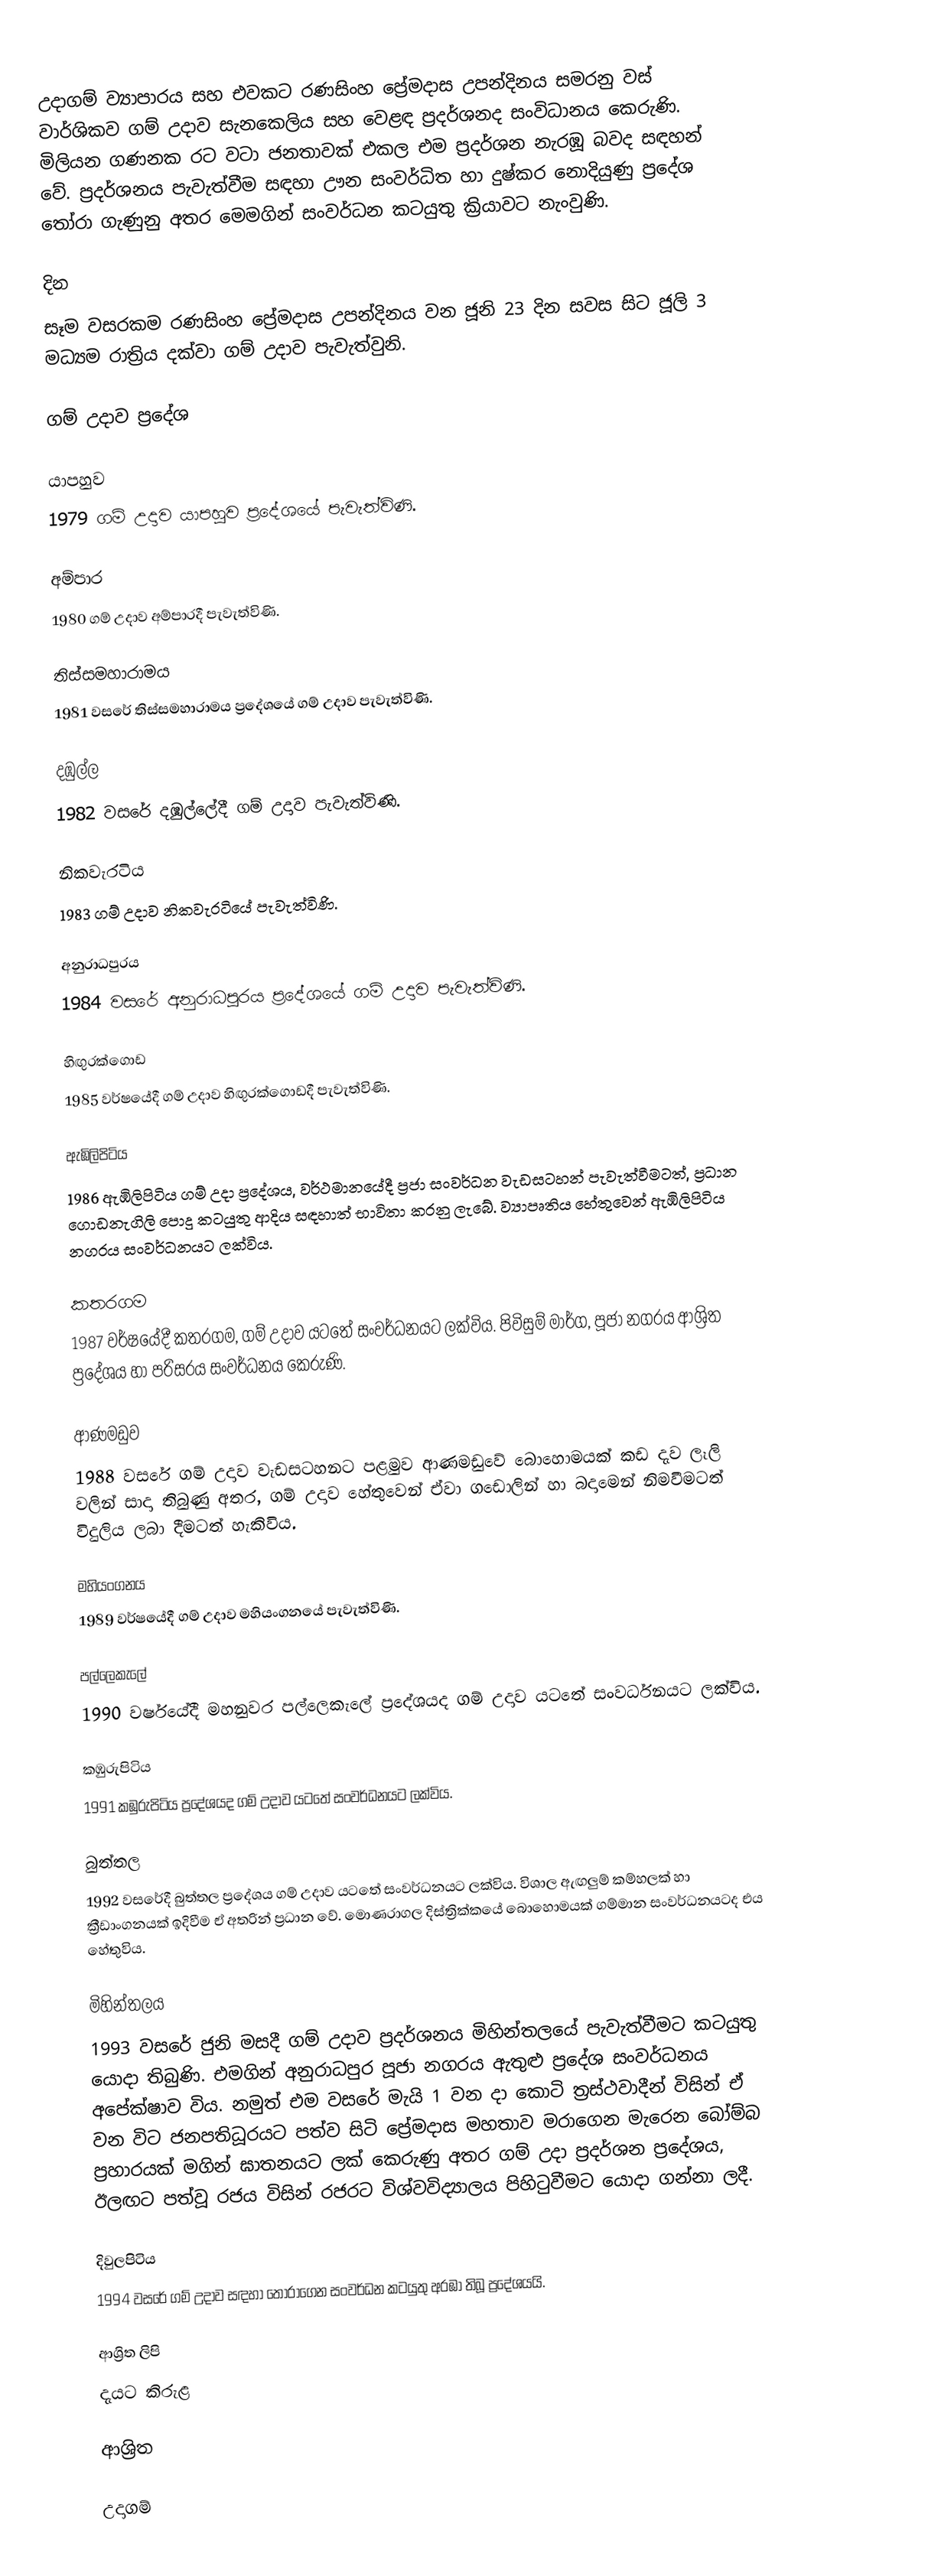
උදාගම් ව්‍යාපාරය සහ එවකට රණසිංහ ප්‍රේමදාස උපන්දිනය සමරනු වස් වාර්ශිකව ගම් උදාව සැනකෙලිය සහ වෙළඳ ප්‍රදර්ශනද සංවිධානය කෙරුණි. මිලියන ගණනක රට වටා ජනතාවක් එකල එම ප්‍රදර්ශන නැරඹූ බවද සඳහන් වේ. ප්‍රදර්ශනය පැවැත්වීම සඳහා ඌන සංවර්ධිත හා දුෂ්කර නොදියුණු ප්‍රදේශ තෝරා ගැණුනු අතර මෙමගින් සංවර්ධන කටයුතු ක්‍රියාවට නැංවුණි.

දින
සෑම වසරකම රණසිංහ ප්‍රේමදාස උපන්දිනය වන ජූනි 23 දින සවස සිට ජූලි 3 මධ්‍යම රාත්‍රිය දක්වා ගම් උදාව පැවැත්වුනි.

ගම් උදාව ප්‍රදේශ

යාපහුව
1979 ගම් උදාව යාපහුව ප්‍රදේශයේ පැවැත්විණි.

අම්පාර
1980 ගම් උදාව අම්පාරදී පැවැත්විණි.

තිස්සමහාරාමය
1981 වසරේ තිස්සමහාරාමය ප්‍රදේශයේ ගම් උදාව පැවැත්විණි.

දඹුල්ල
1982 වසරේ දඹුල්ලේදී ගම් උදාව පැවැත්විණි.

නිකවැරටිය
1983 ගම් උදාව නිකවැරටියේ පැවැත්විණි.

අනුරාධපුරය
1984 වසරේ අනුරාධපුරය ප්‍රදේශයේ ගම් උදාව පැවැත්විණි.

හිඟුරක්ගොඩ
1985 වර්ෂයේදී ගම් උදාව හිඟුරක්ගොඩදී පැවැත්විණි.

ඇඹිලිපිටිය
1986 ඇඹිලිපිටිය ගම් උදා ප්‍රදේශය, වර්ථමානයේදී ප්‍රජා සංවර්ධන වැඩසටහන් පැවැත්වීමටත්, ප්‍රධාන ගොඩනැගිලි පොදු කටයුතු ආදිය සඳහාත් භාවිතා කරනු ලැබේ. ව්‍යාපෘතිය හේතුවෙන් ඇඹිලිපිටිය නගරය සංවර්ධනයට ලක්විය.

කතරගම
1987 වර්ෂයේදී කතරගම, ගම් උදාව යටතේ සංවර්ධනයට ලක්විය. පිවිසුම් මාර්ග, පූජා නගරය ආශ්‍රිත ප්‍රදේශය හා පරිසරය සංවර්ධනය කෙරුණි.

ආණමඩුව
1988 වසරේ ගම් උදාව වැඩසටහනට පළමුව ආණමඩුවේ බොහොමයක් කඩ දැව ලෑලි වලින් සාදා තිබුණු අතර, ගම් උදාව හේතුවෙන් ඒවා ගඩොලින් හා බදාමෙන් නිමවීමටත් විදුලිය ලබා දීමටත් හැකිවිය.

මහියංගනය
1989 වර්ෂයේදී ගම් උදාව මහියංගනයේ පැවැත්විණි.

පල්ලෙකැලේ
1990 වර්ෂයේදී මහනුවර පල්ලෙකැලේ ප්‍රදේශයද ගම් උදාව යටතේ සංවර්ධනයට ලක්විය.

කඹුරුපිටිය
1991 කඹුරුපිටිය ප්‍රදේශයද ගම් උදාව යටතේ සංවර්ධනයට ලක්විය.

බුත්තල
1992 වසරේදී බුත්තල ප්‍රදේශය ගම් උදාව යටතේ සංවර්ධනයට ලක්විය. විශාල ඇඟලුම් කම්හලක් හා ක්‍රීඩාංගනයක් ඉදිවීම ඒ අතරින් ප්‍රධාන වේ. මොණරාගල දිස්ත්‍රික්කයේ බොහොමයක් ගම්මාන සංවර්ධනයටද එය හේතුවිය.

මිහින්තලය
1993 වසරේ ජුනි මසදී ගම් උදාව ප්‍රදර්ශනය මිහින්තලයේ පැවැත්වීමට කටයුතු යොදා තිබුණි. එමගින් අනුරාධපුර පූජා නගරය ඇතුළු ප්‍රදේශ සංවර්ධනය අපේක්ෂාව විය. නමුත් එම වසරේ මැයි 1 වන දා කොටි ත්‍රස්ථවාදීන් විසින් ඒ වන විට ජනපතිධූරයට පත්ව සිටි ප්‍රේමදාස මහතාව මරාගෙන මැරෙන බෝම්බ ප්‍රහාරයක් මගින් ඝාතනයට ලක් කෙරුණු අතර ගම් උදා ප්‍රදර්ශන ප්‍රදේශය, ඊලඟට පත්වූ රජය විසින් රජරට විශ්වවිද්‍යාලය පිහිටුවීමට යොදා ගන්නා ලදී.

දිවුලපිටිය
1994 වසරේ ගම් උදාව සඳහා තෝරාගෙන සංවර්ධන කටයුතු අරඹා තිබූ ප්‍රදේශයයි.

ආශ්‍රිත ලිපි
 දැයට කිරුළ

ආශ්‍රිත

උදාගම්